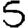
Digit: 5